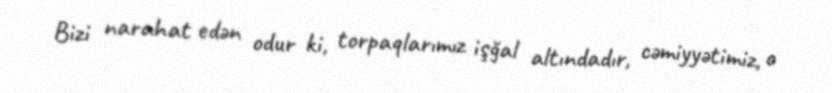
Bizi narahat edən odur ki, torpaqlarımız işğal altındadır, cəmiyyətimiz, o